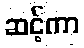
ဆင့်ကာ